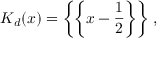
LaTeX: K _ { d } ( x ) = \biggl \{ \biggl \{ x - { \frac { 1 } { 2 } } \biggr \} \biggr \} \ ,